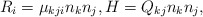
\begin{align*}R_{i}=\mu_{kji}n_{k}n_{j},H=Q_{kj}n_{k}n_{j},\end{align*}